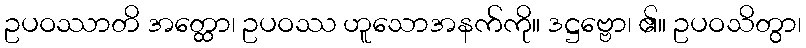
ဥပဝဿာတိ အတ္ထော၊ ဥပဝဿ ဟူသောအနက်ကို။ ဒဋ္ဌဗ္ဗော၊ ၏။ ဥပဝသိတွာ၊